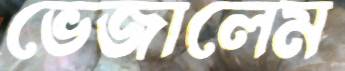
ভেজালেম